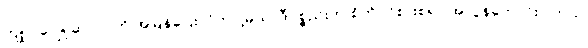
ကျုပ် ဂျေရုဆလင်ကို အမြန်ပြေးလိုက်ပါ့မယ်၊ ဒီပစ္စည်းက စိတ်ဝင်စားစရာ အလွန်ကောင်းပါတယ်